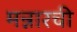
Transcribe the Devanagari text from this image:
मन्नारची